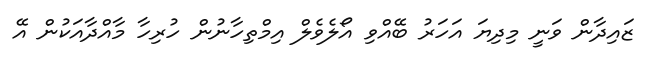
ޒައިދާން ވަނީ މިދިޔަ އަހަރު ބޭއްވި އޯލެވެލް އިމްތިހާނުން ހުރިހާ މާއްދާއަކުން އޭ